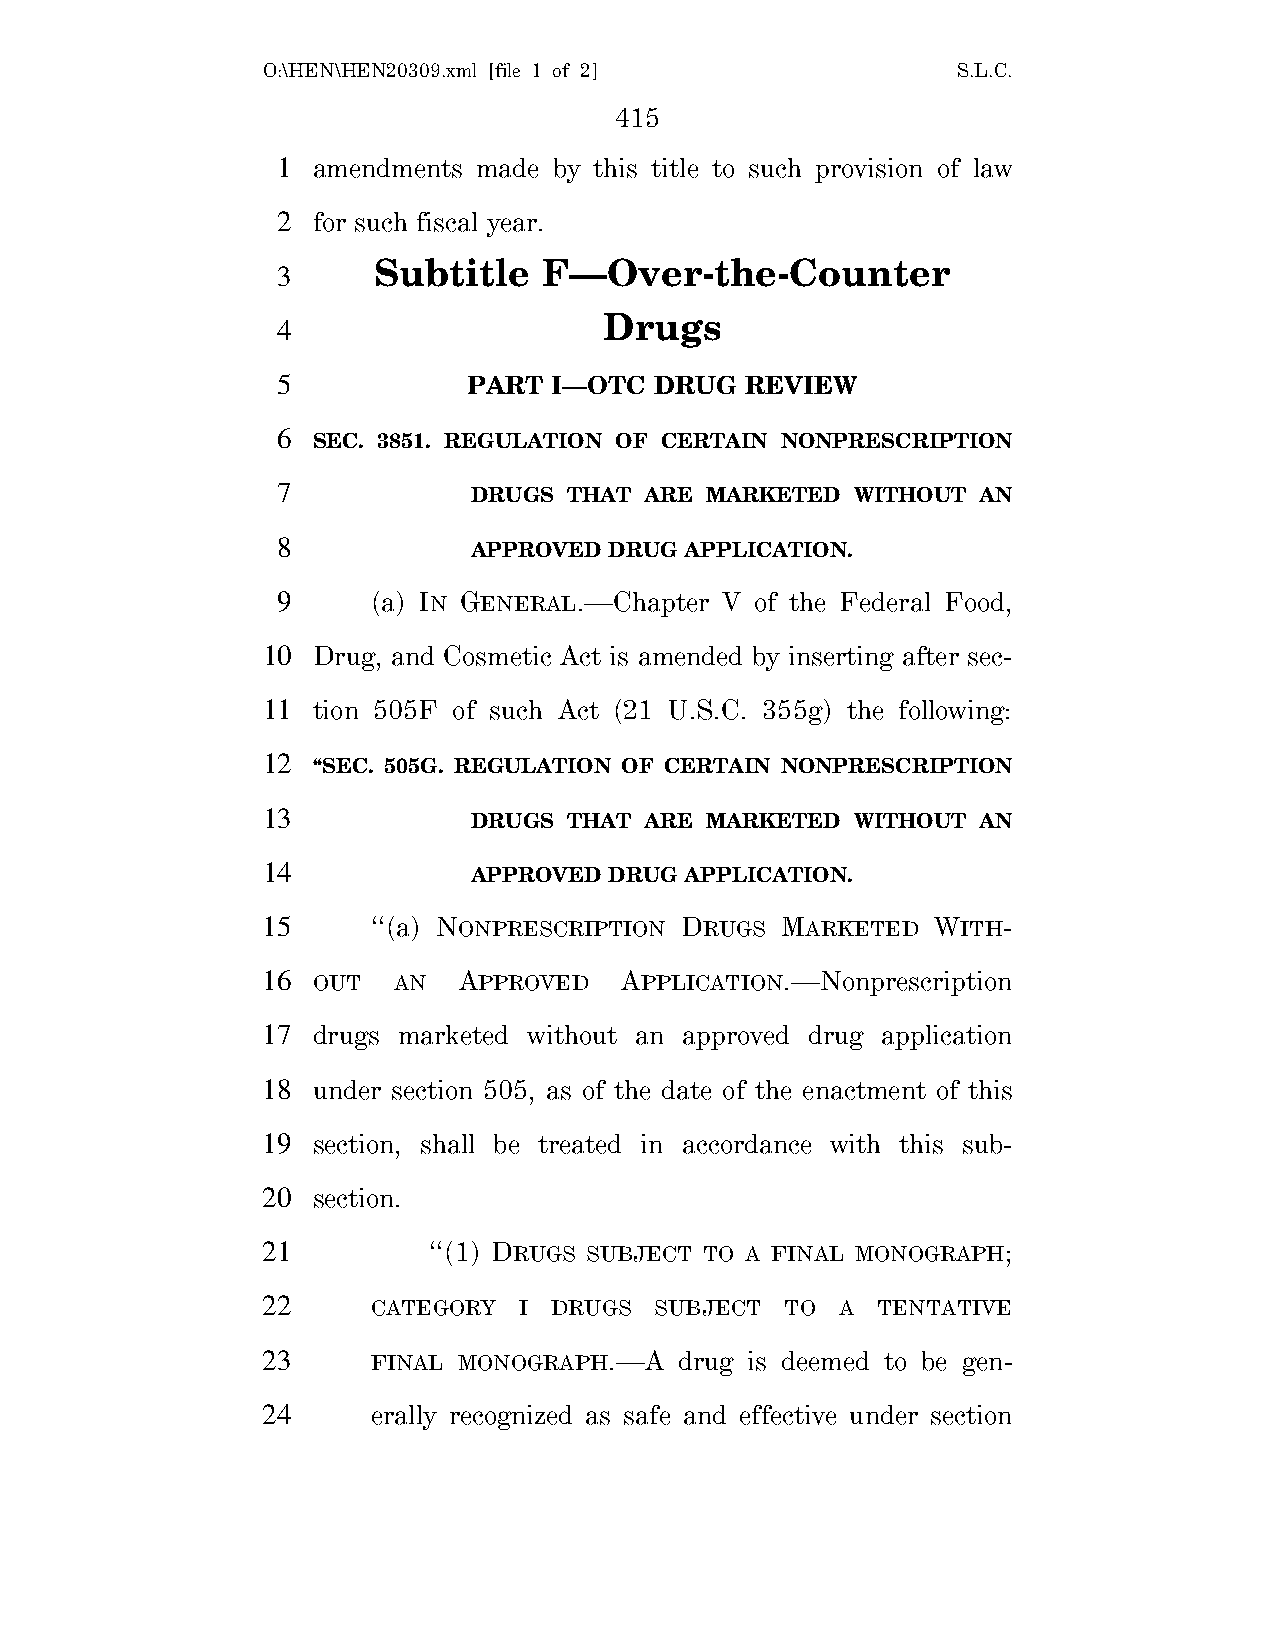
O:\HEN\HEN20309.xml [file 1 of 2]             S.L.C.
 415
 1  amendments made by this title to such provision of law
 2  for such fiscal year.
 Subtitle   F—Over-the-Counter
 3
 Drugs
 4
 5            PART  I—OTC DRUG  REVIEW
 6
 SEC. 3851. REGULATION OF CERTAIN NONPRESCRIPTION
 7
 DRUGS  THAT ARE MARKETED  WITHOUT AN
 8
 APPROVED DRUG APPLICATION.
 9      (a) IN GENERAL.—Chapter V of the Federal Food,
 10  Drug, and Cosmetic Act is amended by inserting after sec-
 11  tion 505F of such Act (21 U.S.C. 355g) the following:
 12
 ‘‘SEC. 505G. REGULATION OF CERTAIN NONPRESCRIPTION
 13
 DRUGS  THAT ARE MARKETED  WITHOUT AN
 14
 APPROVED DRUG APPLICATION.
 15      ‘‘(a) NONPRESCRIPTION DRUGS MARKETED WITH-
 16  OUT  AN  APPROVED   APPLICATION.—Nonprescription
 17  drugs marketed without an approved drug application
 18  under section 505, as of the date of the enactment of this
 19  section, shall be treated in accordance with this sub-
 20  section.
 21         ‘‘(1) DRUGS SUBJECT TO A FINAL MONOGRAPH;
 22      CATEGORY I DRUGS  SUBJECT  TO  A TENTATIVE
 23      FINAL MONOGRAPH.—A  drug is deemed to be gen-
 24      erally recognized as safe and effective under section